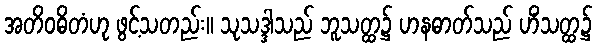
အတိဝဓိတံဟု ဖွင့်သတည်း။ သုသဒ္ဒါသည် ဘူသတ္ထ၌ ဟနဓာတ်သည် ဟိံသတ္ထ၌